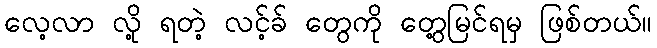
လေ့လာ လို့ ရတဲ့ လင့်ခ် တွေကို တွေ့မြင်ရမှ ဖြစ်တယ်။